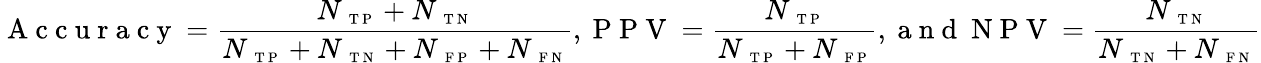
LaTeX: \mathrm{~A~c~c~u~r~a~c~y~}=\frac{N_{\mathrm{~\scriptsize~T~P~}}+N_{\mathrm{~\scriptsize~T~N~}}}{N_{\mathrm{~\scriptsize~T~P~}}+N_{\mathrm{~\scriptsize~T~N~}}+N_{\mathrm{~\scriptsize~F~P~}}+N_{\mathrm{~\scriptsize~F~N~}}},\mathrm{~P~P~V~}=\frac{N_{\mathrm{~\scriptsize~T~P~}}}{N_{\mathrm{~\scriptsize~T~P~}}+N_{\mathrm{~\scriptsize~F~P~}}},\mathrm{~a~n~d~}\mathrm{~N~P~V~}=\frac{N_{\mathrm{~\scriptsize~T~N~}}}{N_{\mathrm{~\scriptsize~T~N~}}+N_{\mathrm{~\scriptsize~F~N~}}}